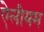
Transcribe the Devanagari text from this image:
ऐलीयम